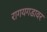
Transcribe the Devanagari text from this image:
रागयगडावर